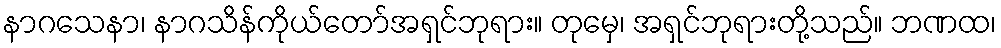
နာဂသေနာ၊ နာဂသိန်ကိုယ်တော်အရှင်ဘုရား။ တုမှေ၊ အရှင်ဘုရားတို့သည်။ ဘဏထ၊